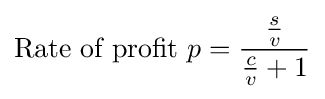
{\text{Rate of profit }}p={{s \over v} \over {{c \over v}+1}}